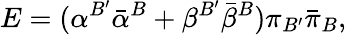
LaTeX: E=({\alpha}^{B^{\prime}}{\bar{\alpha}}^{B}+{\beta}^{B^{\prime}}{\bar{\beta}}^{B}){\pi}_{B^{\prime}}{\bar{\pi}}_{B},